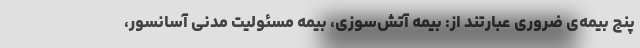
پنج بیمه‌ی ضروری عبارتند از: بیمه آتش‌سوزی، بیمه مسئولیت مدنی آسانسور،